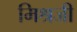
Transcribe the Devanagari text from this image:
मिश्रजी